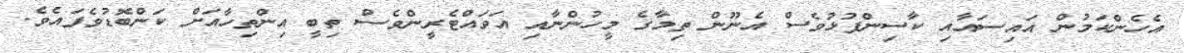
އެހެންކަމުން އައިސައާއި ކާސިންފުޅުވެސް އެނޫން ތިމާގެ މީހުންނާއި އަވައްޓެރީންވެސް ތިބީ އިންތިހާއަށް ކަންބޮޑުވެފައެވެ.